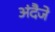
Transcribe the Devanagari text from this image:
अंदैजे